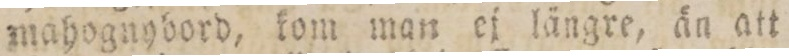
mahognybord, kom man ej längre, än att